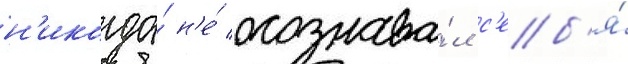
н'икогда́ н'е́ осознава́л с'еб'я́